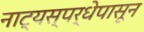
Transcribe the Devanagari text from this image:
नाट्यस्पर्धेपासून